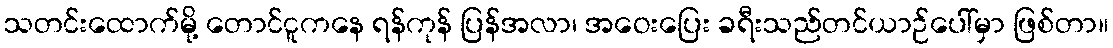
သတင်းထောက်မို့ တောင်ငူကနေ ရန်ကုန် ပြန်အလာ၊ အဝေးပြေး ခရီးသည်တင်ယာဉ်ပေါ်မှာ ဖြစ်တာ။